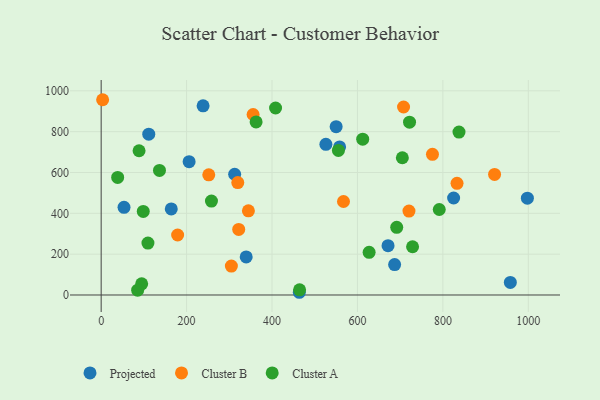
{"axis": {"x": "Engine Size", "y": "Exam Score"}, "legend": ["Cluster A", "Cluster B", "Projected"], "data": [{"x": "111.4", "y": 787.6, "type": "Projected"}, {"x": "687.0", "y": 148.9, "type": "Projected"}, {"x": "53.5", "y": 429.6, "type": "Projected"}, {"x": "339.5", "y": 186.6, "type": "Projected"}, {"x": "526.1", "y": 738.1, "type": "Projected"}, {"x": "550.1", "y": 824.5, "type": "Projected"}, {"x": "997.8", "y": 474.4, "type": "Projected"}, {"x": "312.5", "y": 591.4, "type": "Projected"}, {"x": "558.2", "y": 725.1, "type": "Projected"}, {"x": "463.9", "y": 13.3, "type": "Projected"}, {"x": "825.1", "y": 475.0, "type": "Projected"}, {"x": "957.9", "y": 61.6, "type": "Projected"}, {"x": "238.6", "y": 926.3, "type": "Projected"}, {"x": "164.1", "y": 421.4, "type": "Projected"}, {"x": "671.6", "y": 241.6, "type": "Projected"}, {"x": "205.9", "y": 652.9, "type": "Projected"}, {"x": "3.4", "y": 956.4, "type": "Cluster B"}, {"x": "921.0", "y": 590.7, "type": "Cluster B"}, {"x": "344.7", "y": 412.1, "type": "Cluster B"}, {"x": "251.9", "y": 588.5, "type": "Cluster B"}, {"x": "355.7", "y": 884.0, "type": "Cluster B"}, {"x": "833.1", "y": 547.1, "type": "Cluster B"}, {"x": "707.9", "y": 920.8, "type": "Cluster B"}, {"x": "322.0", "y": 320.9, "type": "Cluster B"}, {"x": "775.6", "y": 689.2, "type": "Cluster B"}, {"x": "179.0", "y": 293.8, "type": "Cluster B"}, {"x": "319.8", "y": 550.4, "type": "Cluster B"}, {"x": "304.8", "y": 141.8, "type": "Cluster B"}, {"x": "567.3", "y": 458.0, "type": "Cluster B"}, {"x": "720.6", "y": 411.2, "type": "Cluster B"}, {"x": "612.3", "y": 763.4, "type": "Cluster A"}, {"x": "691.9", "y": 331.3, "type": "Cluster A"}, {"x": "705.1", "y": 672.3, "type": "Cluster A"}, {"x": "362.7", "y": 847.6, "type": "Cluster A"}, {"x": "38.6", "y": 575.9, "type": "Cluster A"}, {"x": "98.5", "y": 409.4, "type": "Cluster A"}, {"x": "791.5", "y": 418.7, "type": "Cluster A"}, {"x": "464.5", "y": 25.4, "type": "Cluster A"}, {"x": "837.7", "y": 798.1, "type": "Cluster A"}, {"x": "94.8", "y": 54.9, "type": "Cluster A"}, {"x": "88.7", "y": 706.6, "type": "Cluster A"}, {"x": "109.5", "y": 254.5, "type": "Cluster A"}, {"x": "136.5", "y": 610.2, "type": "Cluster A"}, {"x": "408.3", "y": 915.9, "type": "Cluster A"}, {"x": "258.2", "y": 460.1, "type": "Cluster A"}, {"x": "729.0", "y": 236.3, "type": "Cluster A"}, {"x": "721.9", "y": 846.6, "type": "Cluster A"}, {"x": "85.4", "y": 23.7, "type": "Cluster A"}, {"x": "627.3", "y": 208.8, "type": "Cluster A"}, {"x": "555.4", "y": 708.0, "type": "Cluster A"}]}